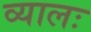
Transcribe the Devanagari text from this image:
व्यालः